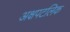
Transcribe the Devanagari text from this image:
अक्षपटलिक